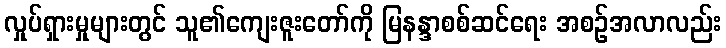
လှုပ်ရှားမှုများတွင် သူ၏ကျေးဇူးတော်ကို မြနန္ဒာစစ်ဆင်ရေး အစဉ်အလာလည်း